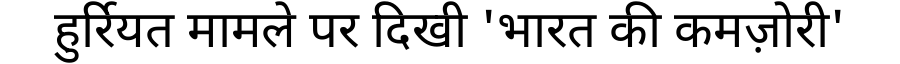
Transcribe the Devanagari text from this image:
हुर्रियत मामले पर दिखी 'भारत की कमज़ोरी'